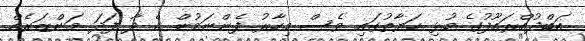
އަބްދުއްރަޢޫފުގެ މުޅި ހަޔާތުގައި ވެސް މިހާރު ފެންނަމުން އެ ދާ ފަދަ މަންޒަރެއް